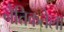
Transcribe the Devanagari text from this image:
नैतिकतेला